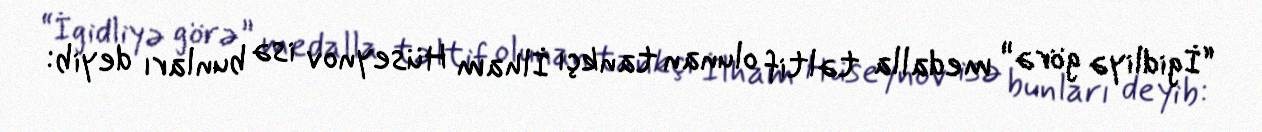
“İgidliyə görə” medalla təltif olunan tankçı İlham Hüseynov isə bunları deyib: